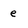
Character: e